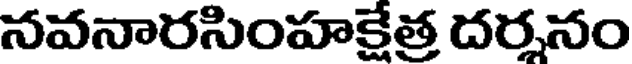
నవనారసింహక్షేత్ర దర్శనం